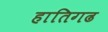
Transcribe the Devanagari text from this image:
हातिगढ